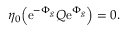
\eta _ { 0 } \Bigl ( \mathrm { e } ^ { - \Phi _ { g } } { \cal Q } \mathrm { e } ^ { \Phi _ { g } } \Bigr ) = 0 .